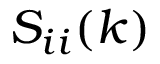
S _ { i i } ( k )